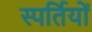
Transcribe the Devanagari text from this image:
स्पर्तियों